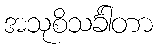
အသုစိသင်္ခါတာ